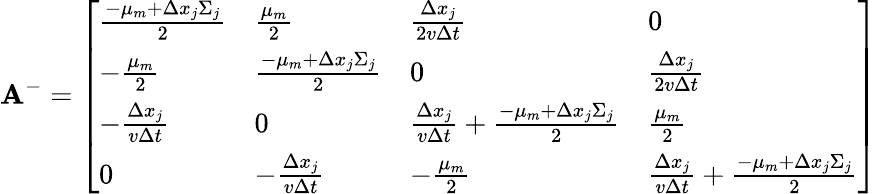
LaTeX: \mathbf{A}^{-}=\left[\begin{array}{llll}{\frac{-\mu_{m}+\Delta x_{j}\Sigma_{j}}{2}}&{\frac{\mu_{m}}{2}}&{\frac{\Delta x_{j}}{2v\Delta t}}&{0}\\ {-\frac{\mu_{m}}{2}}&{\frac{-\mu_{m}+\Delta x_{j}\Sigma_{j}}{2}}&{0}&{\frac{\Delta x_{j}}{2v\Delta t}}\\ {-\frac{\Delta x_{j}}{v\Delta t}}&{0}&{\frac{\Delta x_{j}}{v\Delta t}+\frac{-\mu_{m}+\Delta x_{j}\Sigma_{j}}{2}}&{\frac{\mu_{m}}{2}}\\ {0}&{-\frac{\Delta x_{j}}{v\Delta t}}&{-\frac{\mu_{m}}{2}}&{\frac{\Delta x_{j}}{v\Delta t}+\frac{-\mu_{m}+\Delta x_{j}\Sigma_{j}}{2}}\end{array}\right]